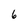
Character: 6